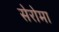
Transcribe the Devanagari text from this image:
सेरोमा